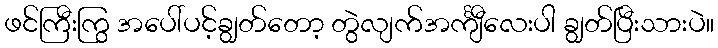
ဖင်ကြီးကြွ အပေါ်ပင့်ချွတ်တော့ တွဲလျက်အင်္ကျီလေးပါ ချွတ်ပြီးသားပဲ။